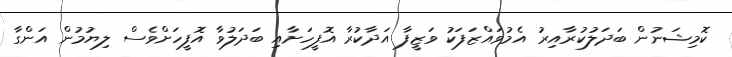
ކޮމިޝަނުން ބަދަލުކުރާއިރު އެމުވައްޒަފަކު ވަޒީފާ އަދާކުރާ އޮފީހަށާއި ބަދަލުވާ އޮފީހަށްވެސް ލިޔުމުން އަންގާ